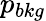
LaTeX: p_{bkg}